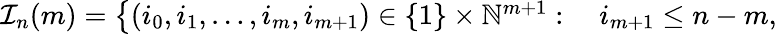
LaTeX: \begin{array}{rl}{\mathcal{I}_{n}(m)=\big\{ (i_{0},i_{1},\dots,i_{m},i_{m+1})\in\{ 1\} \times\mathbb{N}^{m+1}:\; }&{{}i_{m+1}\leq n-m,}\end{array}